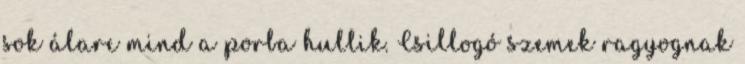
sok álarc mind a porba hullik. Csillogó szemek ragyognak